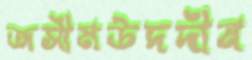
জসীমউদদীন